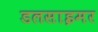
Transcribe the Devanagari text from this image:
डलसाइमर